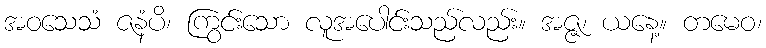
အဝသေသံ ဇနံပိ၊ ကြွင်းသော လူအပေါင်းသည်လည်း။ အဇ္ဇ၊ ယနေ့။ တမေဝ၊